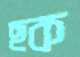
ছক